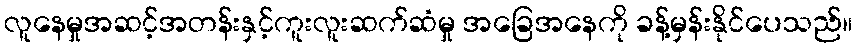
လူနေမှုအဆင့်အတန်းနှင့်ကူးလူးဆက်ဆံမှု အခြေအနေကို ခန့်မှန်းနိုင်ပေသည်။